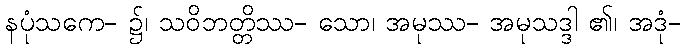
နပုံသကေ- ၌၊ သဝိဘတ္တိဿ- သော၊ အမုဿ- အမုသဒ္ဒါ ၏၊ အဒုံ-